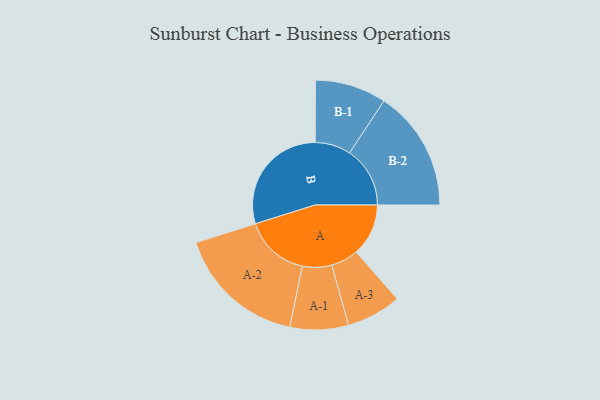
{"axis": {"x": "Segment", "y": "Value"}, "legend": ["", "A", "B"], "data": [{"x": "A", "y": 202, "type": ""}, {"x": "B", "y": 446, "type": ""}, {"x": "A-1", "y": 113, "type": "A"}, {"x": "A-2", "y": 252, "type": "A"}, {"x": "A-3", "y": 106, "type": "A"}, {"x": "B-1", "y": 138, "type": "B"}, {"x": "B-2", "y": 234, "type": "B"}]}